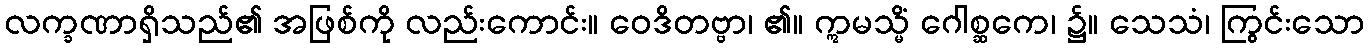
လက္ခဏာရှိသည်၏ အဖြစ်ကို လည်းကောင်း။ ဝေဒိတဗ္ဗာ၊ ၏။ ဣမသ္မိံ ဂေါစ္ဆကေ၊ ၌။ သေသံ၊ ကြွင်းသော